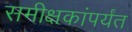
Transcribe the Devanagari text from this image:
समीक्षकांपर्यंत